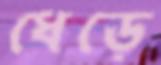
ধেড়ে